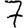
Digit: 7